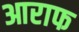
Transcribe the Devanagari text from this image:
आराफ